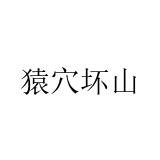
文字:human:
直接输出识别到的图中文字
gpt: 猿穴坏山